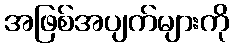
အဖြစ်အပျက်များကို